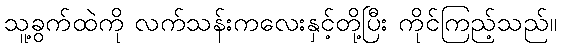
သူ့ခွက်ထဲကို လက်သန်းကလေးနှင့်တို့ပြီး ကိုင်ကြည့်သည်။